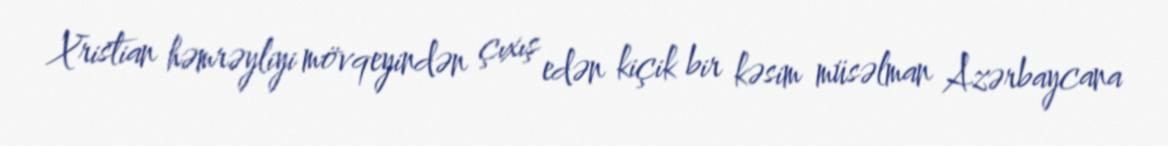
Xristian həmrəyliyi mövqeyindən çıxış edən kiçik bir kəsim müsəlman Azərbaycana